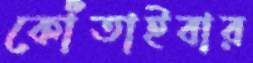
কোঁতাইবার